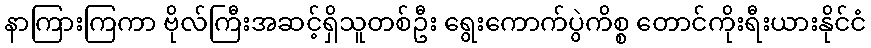
နာကြားကြကာ ဗိုလ်ကြီးအဆင့်ရှိသူတစ်ဦး ရွေးကောက်ပွဲကိစ္စ တောင်ကိုးရီးယားနိုင်ငံ